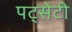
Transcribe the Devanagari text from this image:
पट्सेटी